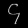
Digit: ၄